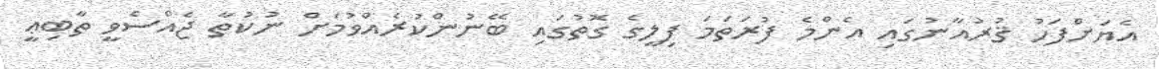
އެޔަށްފަހު ޤުރުއާނުގައި އެންމެ ފުރަތަމަ ފިލީގެ ގޮތުގައި ބޭނުންކުރެއްވުމަށް ނުކުތާ ޖެއްސެވީ ތާބިޢީ